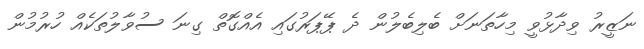
ނަޒީރު ވިދާޅުވީ މިހާތަނަށް ބެލިބެލުން ދެ ޕޭޕަރުގައި އެއްގޮތް ގިނަ ސުވާލުތަކެއް ހުރުމުން